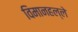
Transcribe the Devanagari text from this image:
विमानहल्ले